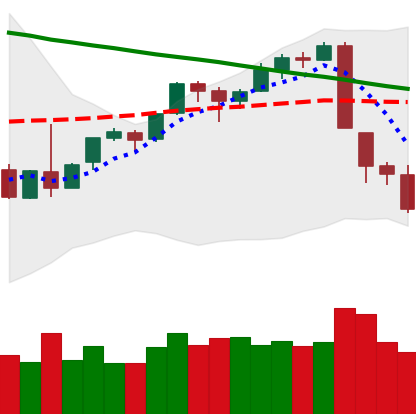
Ticker: BTC-USD
Chart end date: 2018-09-08
Forward return: 4.679%
Label: up_3_5